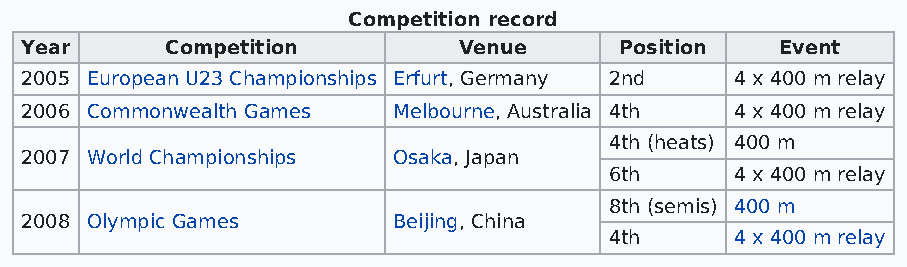
Competition record
 Year      Competition        Venue      Position   Event
 2005 European U23 Championships Erfurt, Germany 2nd 4 x 400 m relay
 2006 Commonwealth Games  Melbourne, Australia 4th 4 x 400 m relay
 4th (heats) 400 m
 2007 World Championships Osaka, Japan
 6th      4 x 400 m relay
 8th (semis) 400 m
 2008 Olympic Games       Beijing, China
 4th      4 x 400 m relay